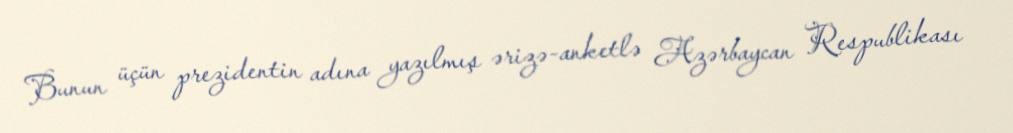
Bunun üçün prezidentin adına yazılmış ərizə-anketlə Azərbaycan Respublikası